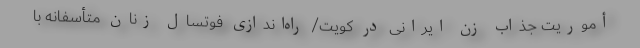
أموریت جذاب زن ایرانی در کویت/ راه‌اندازی فوتسال زنان ‌متأسفانه با